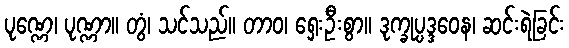
ပုဏ္ဏေ၊ ပုဏ္ဏာ။ တွံ၊ သင်သည်။ တာဝ၊ ရှေးဦးစွာ။ ဒုက္ခုပ္ပဒ္ဒဝေန၊ ဆင်းရဲခြင်း